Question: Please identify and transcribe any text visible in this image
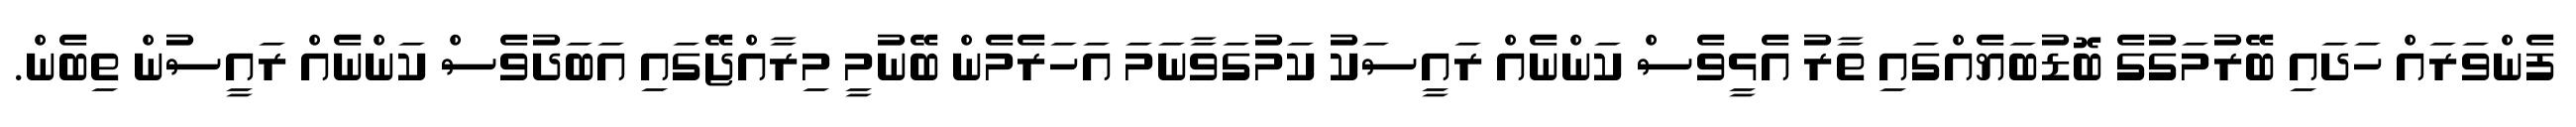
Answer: ފެންވަރައް ހަދައި ބޭރުމަގުގެ ބޮޑުބަޔެއްގައި ތާރު އެޅީވެސް ކަންނެއް ރައީސަކު ކަމުގަވާނަމަ އަހަރެމެން ބޭނުމީ މިރާއްޖޭގައި އަބަދުވެސް ކަންނެއް ރައީސުން ތިބެން.